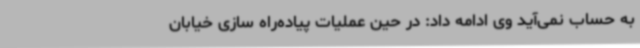
به حساب نمی‌آید وی ادامه داد: در حین عملیات پیاده‌راه سازی خیابان